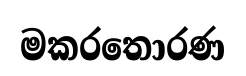
මකරතොරණ